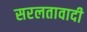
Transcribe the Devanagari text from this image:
सरलतावादी